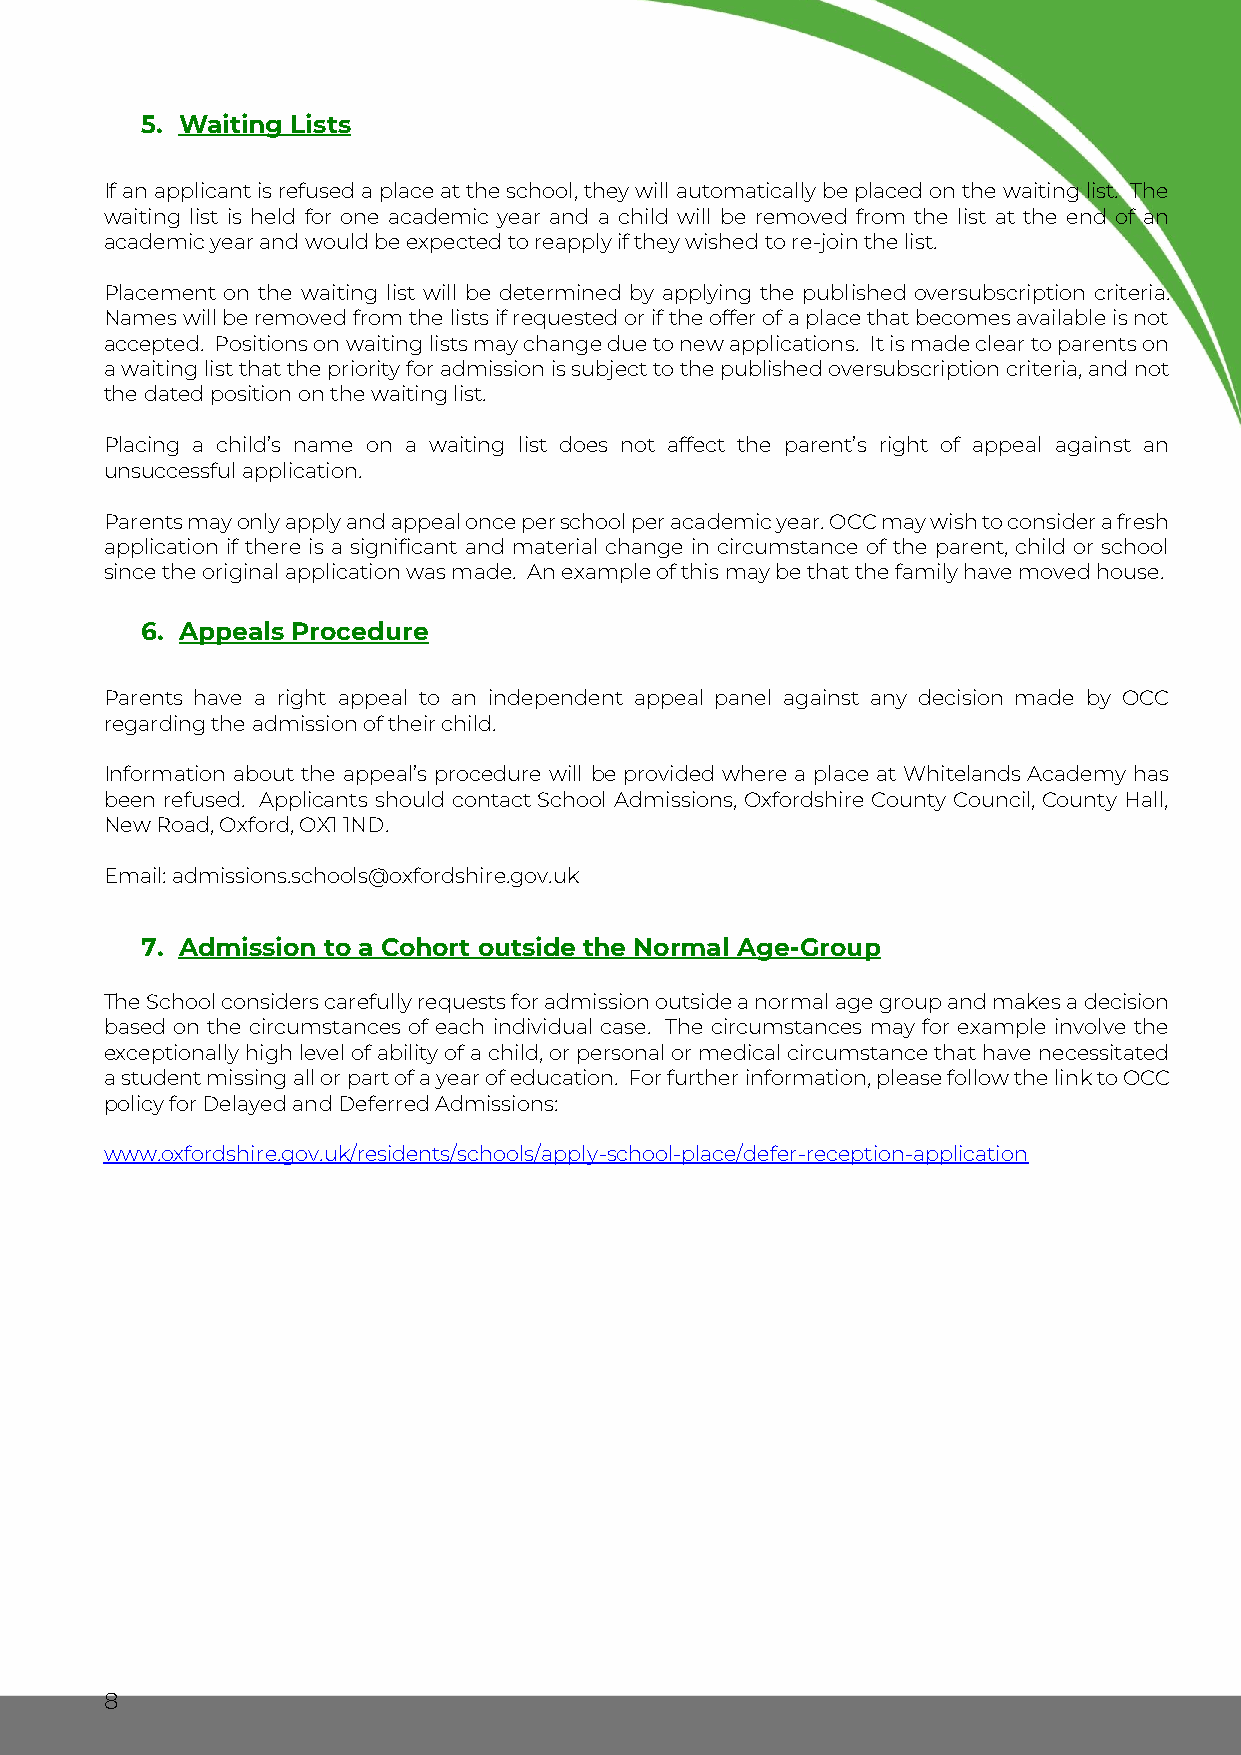
5. Waiting Lists
 If an applicant is refused a place at the school, they will automatically be placed on the waiting list. The
 waiting list is held for one academic year and a child will be removed from the list at the end of an
 academic year and would be expected to reapply if they wished to re-join the list.
 Placement on the waiting list will be determined by applying the published oversubscription criteria.
 Names will be removed from the lists if requested or if the offer of a place that becomes available is not
 accepted. Positions on waiting lists may change due to new applications. It is made clear to parents on
 a waiting list that the priority for admission is subject to the published oversubscription criteria, and not
 the dated position on the waiting list.
 Placing a child’s name on a waiting list does not affect the parent’s right of appeal against an
 unsuccessful application.
 Parents may only apply and appeal once per school per academic year. OCC may wish to consider a fresh
 application if there is a significant and material change in circumstance of the parent, child or school
 since the original application was made. An example of this may be that the family have moved house.
 6. Appeals Procedure
 Parents have a right appeal to an independent appeal panel against any decision made by OCC
 regarding the admission of their child.
 Information about the appeal’s procedure will be provided where a place at Whitelands Academy has
 been refused. Applicants should contact School Admissions, Oxfordshire County Council, County Hall,
 New Road, Oxford, OX1 1ND.
 Email: admissions.schools@oxfordshire.gov.uk
 7. Admission to a Cohort outside the Normal Age-Group
 The School considers carefully requests for admission outside a normal age group and makes a decision
 based on the circumstances of each individual case. The circumstances may for example involve the
 exceptionally high level of ability of a child, or personal or medical circumstance that have necessitated
 a student missing all or part of a year of education. For further information, please follow the link to OCC
 policy for Delayed and Deferred Admissions:
 www.oxfordshire.gov.uk/residents/schools/apply-school-place/defer-reception-application
 8